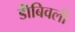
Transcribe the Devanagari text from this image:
डॊंबिवली